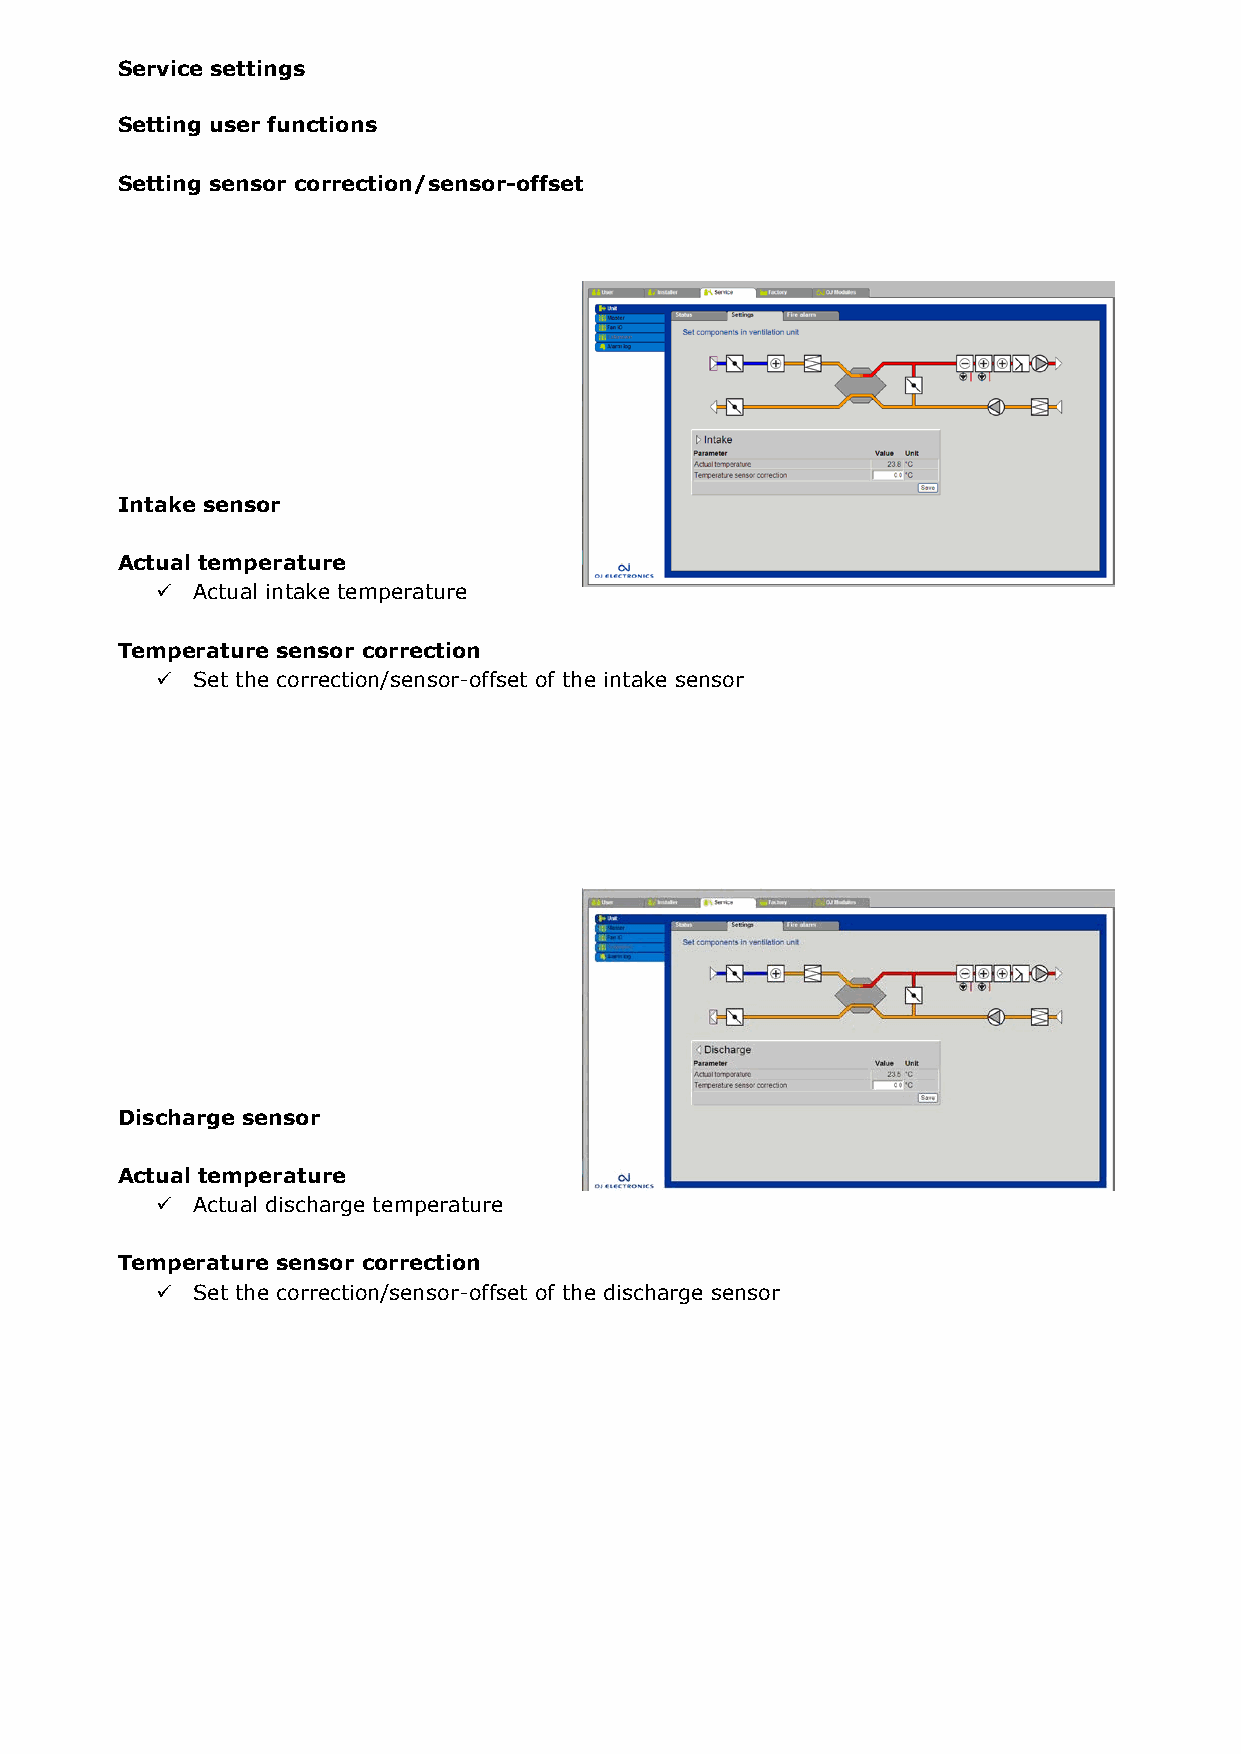
Service settings Service settings
 Setting user functions Setting user functions
 Setting sensor correction/sensor-offset
 Status display
 Service settings for the individual components of the ventilation system are described in the fol-
 lowing.
 For individual application components, service parameters are set under:
 "Service -> Unit -> Settings"
 Intake sensor
 Actual temperature
   Actual intake temperature
 Temperature sensor correction
   Set the correction/sensor-offset of the intake sensor
 Discharge sensor
 The various components can be set by left-clicking the compo-
 nent with the mouse.
 Actual temperature
   Actual discharge temperature
 Settings can, for example, be made for:
 Temperature sensor correction
 √ Heating battery frost protection parameters
   Set the correction/sensor-offset of the discharge sensor
 √ Filter monitoring parameters
 √ Control parameters (P-band, I-time)
 √ Heat exchanger ice protection parameters
 Possible settings for the various components are described on the following pages.